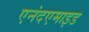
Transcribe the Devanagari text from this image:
एनंदएमाइड